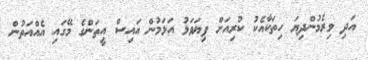
އަދި ވިރެމުންދިޔަ ހިތަކާއެކު ކުރިއަށް ފިޔަވަޅު އަޅަމުން އައިސް އީތަންގެ މޭގައި އެއްއަތުން